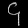
Digit: ၄